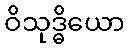
ဝိသုဒ္ဓိယော